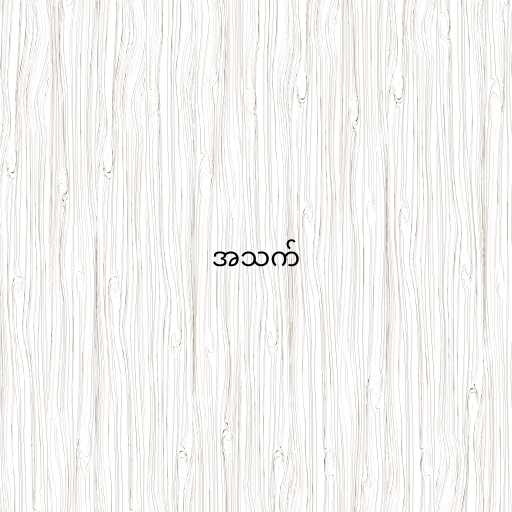
အသက်